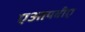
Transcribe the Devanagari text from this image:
एआयबीए